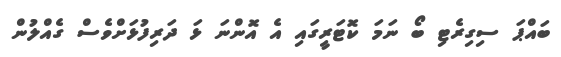
ބައްޕަ ސިގިރެޓި ބޯ ނަމަ ކޮޓަރީގައި އެ އޮންނަ ޅަ ދަރިފުޅަށްވެސް ގެއްލުން